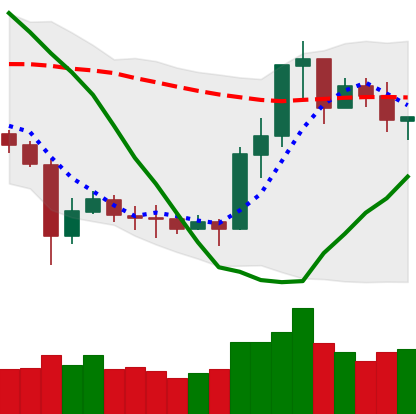
Ticker: ETC-USD
Chart end date: 2020-07-14
Forward return: -3.803%
Label: down_3_5